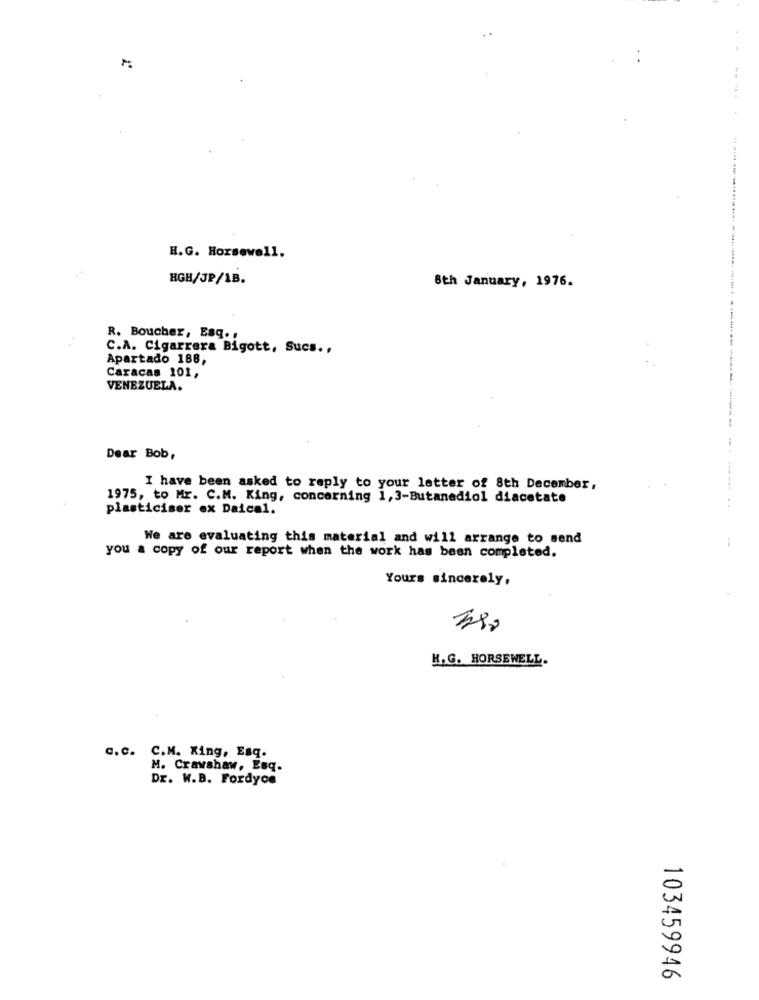
H.G. Horsewell.
HGH/JP/1B.
8th January, 1976.
R. Boucher, Esq. ,
C.A. Cigarrera Bigott, Sucs .,
Apartado 188,
Caracas 101,
VENEZUELA.
-----
Dear Bob,
I have been asked to reply to your letter of 8th December,
1975, to Mr. C.M. King, concerning 1, 3-Butanediol diacetate
plasticiser ex Daical.
....... ..
We are evaluating this material and will arrange to send
you a copy of our report when the work has been completed.
Yours sincerely,
H.G. HORSEWELL.
c.C.
C.M. King, Esq.
M. Crawshaw, Esq.
Dr. W.B. Fordyce
103459946